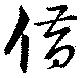
借